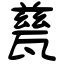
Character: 甆